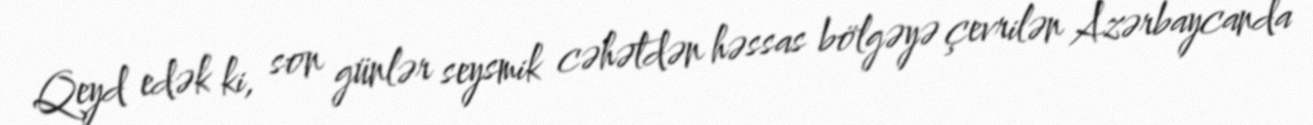
Qeyd edək ki, son günlər seysmik cəhətdən həssas bölgəyə çevrilən Azərbaycanda